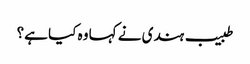
طبیب ہندی نے کہا وہ کیا ہے؟